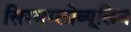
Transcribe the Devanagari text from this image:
सिरमग्लोब्यूलिन